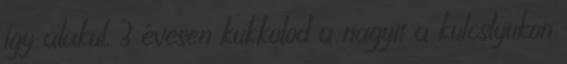
így alakul. 3 évesen kukkolod a nagyit a kulcslyukon